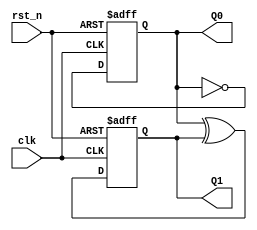
// Copyright (C) 2020  Intel Corporation. All rights reserved.
// Your use of Intel Corporation's design tools, logic functions 
// and other software and tools, and any partner logic 
// functions, and any output files from any of the foregoing 
// (including device programming or simulation files), and any 
// associated documentation or information are expressly subject 
// to the terms and conditions of the Intel Program License 
// Subscription Agreement, the Intel Quartus Prime License Agreement,
// the Intel FPGA IP License Agreement, or other applicable license
// agreement, including, without limitation, that your use is for
// the sole purpose of programming logic devices manufactured by
// Intel and sold by Intel or its authorized distributors.  Please
// refer to the applicable agreement for further details, at
// https://fpgasoftware.intel.com/eula.

// PROGRAM		"Quartus Prime"
// VERSION		"Version 20.1.1 Build 720 11/11/2020 SJ Lite Edition"
// CREATED		"Thu Dec 01 21:38:05 2022"

module count_4(
	clk,
	rst_n,
	Q0,
	Q1
);


input wire	clk;
input wire	rst_n;
output wire	Q0;
output wire	Q1;

reg	[0:0] result;
wire	SYNTHESIZED_WIRE_0;
wire	SYNTHESIZED_WIRE_1;
reg	DFF_inst;

assign	Q1 = DFF_inst;




always@(posedge clk or negedge rst_n)
begin
if (!rst_n)
	begin
	DFF_inst <= 0;
	end
else
	begin
	DFF_inst <= SYNTHESIZED_WIRE_0;
	end
end


always@(posedge clk or negedge rst_n)
begin
if (!rst_n)
	begin
	result[0] <= 0;
	end
else
	begin
	result[0] <= SYNTHESIZED_WIRE_1;
	end
end

assign	SYNTHESIZED_WIRE_1 =  ~result;

assign	SYNTHESIZED_WIRE_0 = result ^ DFF_inst;

assign	Q0 = result;

endmodule